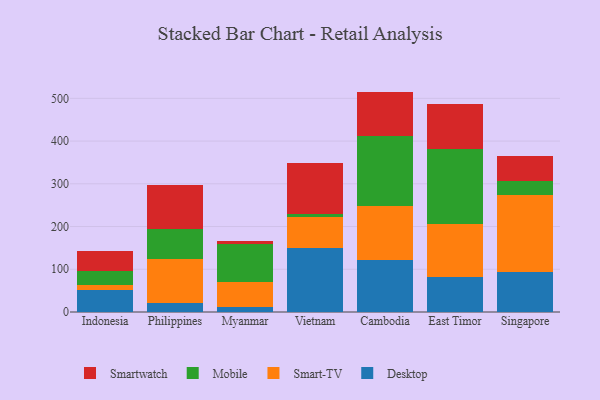
{"axis": {"x": "Country", "y": "Market Share (%)"}, "legend": ["Desktop", "Mobile", "Smart-TV", "Smartwatch"], "data": [{"x": "Indonesia", "y": 50.9, "type": "Desktop"}, {"x": "Indonesia", "y": 12.7, "type": "Smart-TV"}, {"x": "Indonesia", "y": 31.4, "type": "Mobile"}, {"x": "Indonesia", "y": 47.4, "type": "Smartwatch"}, {"x": "Philippines", "y": 21.7, "type": "Desktop"}, {"x": "Philippines", "y": 101.7, "type": "Smart-TV"}, {"x": "Philippines", "y": 70.4, "type": "Mobile"}, {"x": "Philippines", "y": 102.9, "type": "Smartwatch"}, {"x": "Myanmar", "y": 11.6, "type": "Desktop"}, {"x": "Myanmar", "y": 59.5, "type": "Smart-TV"}, {"x": "Myanmar", "y": 87.4, "type": "Mobile"}, {"x": "Myanmar", "y": 8.0, "type": "Smartwatch"}, {"x": "Vietnam", "y": 149.5, "type": "Desktop"}, {"x": "Vietnam", "y": 71.7, "type": "Smart-TV"}, {"x": "Vietnam", "y": 9.3, "type": "Mobile"}, {"x": "Vietnam", "y": 119.3, "type": "Smartwatch"}, {"x": "Cambodia", "y": 121.3, "type": "Desktop"}, {"x": "Cambodia", "y": 126.5, "type": "Smart-TV"}, {"x": "Cambodia", "y": 164.7, "type": "Mobile"}, {"x": "Cambodia", "y": 103.3, "type": "Smartwatch"}, {"x": "East Timor", "y": 82.9, "type": "Desktop"}, {"x": "East Timor", "y": 123.5, "type": "Smart-TV"}, {"x": "East Timor", "y": 174.9, "type": "Mobile"}, {"x": "East Timor", "y": 106.1, "type": "Smartwatch"}, {"x": "Singapore", "y": 94.7, "type": "Desktop"}, {"x": "Singapore", "y": 178.1, "type": "Smart-TV"}, {"x": "Singapore", "y": 34.6, "type": "Mobile"}, {"x": "Singapore", "y": 58.3, "type": "Smartwatch"}]}